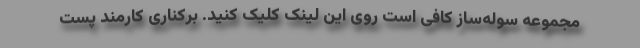
مجموعه سوله‌ساز کافی است روی این لینک کلیک کنید. برکناری کارمند پست